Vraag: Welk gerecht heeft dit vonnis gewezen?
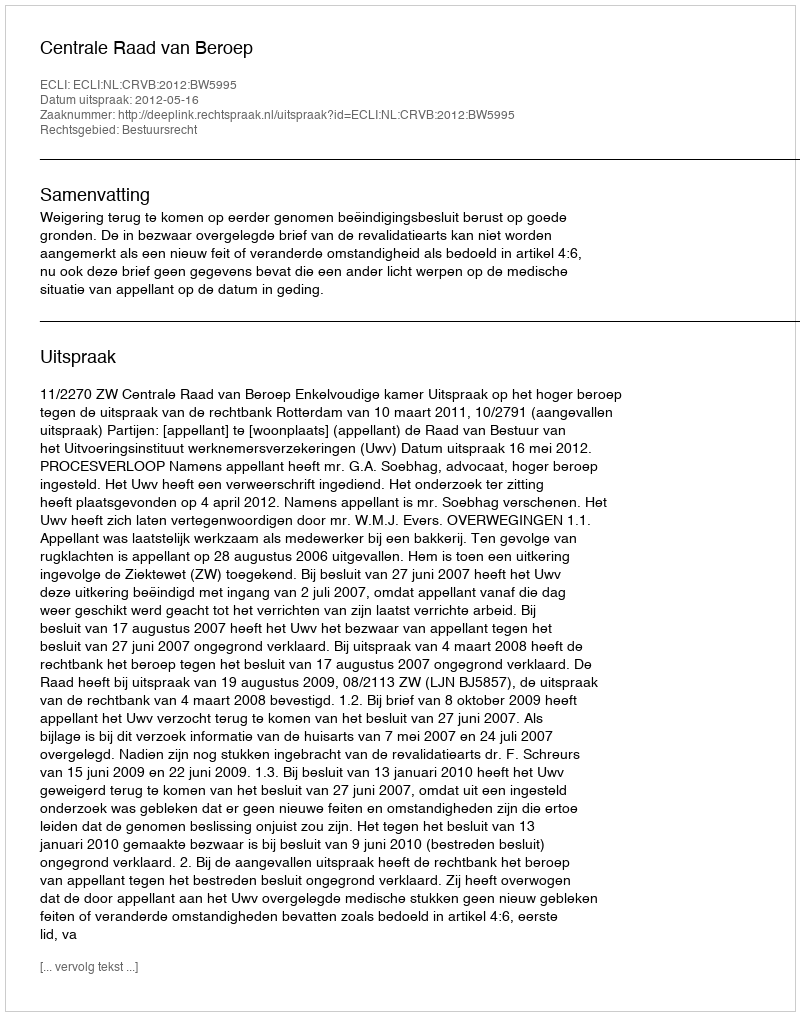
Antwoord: Centrale Raad van Beroep